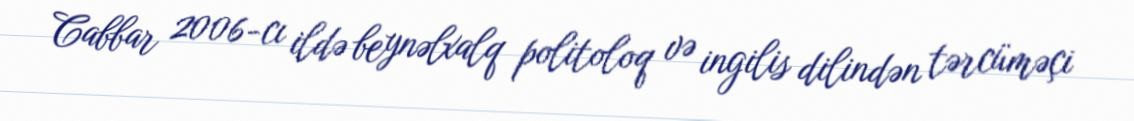
Cabbar 2006-cı ildə beynəlxalq politoloq və ingilis dilindən tərcüməçi